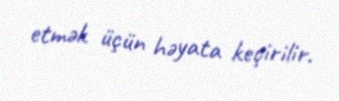
etmək üçün həyata keçirilir.